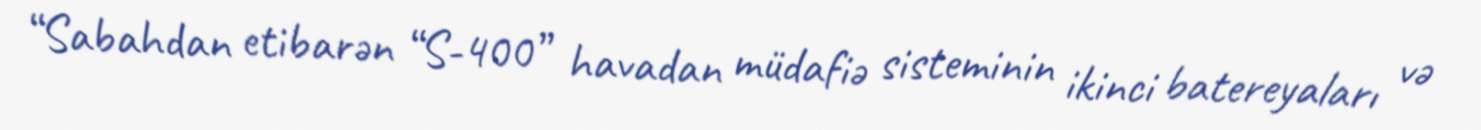
“Sabahdan etibarən “S-400” havadan müdafiə sisteminin ikinci batereyaları və